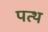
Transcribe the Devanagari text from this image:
पत्थ